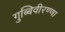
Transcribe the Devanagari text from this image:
गुब्बिवीरण्णा